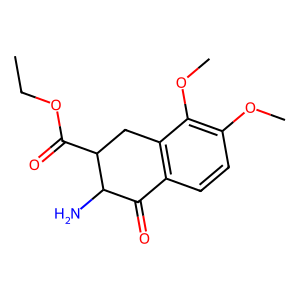
SMILES: CCOC(=O)C1Cc2c(ccc(OC)c2OC)C(=O)C1N
Inhibits HIV replication: No